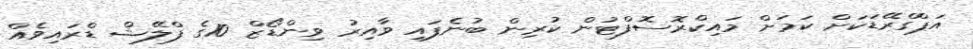
އަޕްގްރޭޑަކަށް ކަމަށް މައިކްރޮސޮފްޓުން ކުރިން ބުނެފައި ވާއިރު ވިންޑޯޒް 10ގެ ފްލޭޝް ޑްރައިވެއް